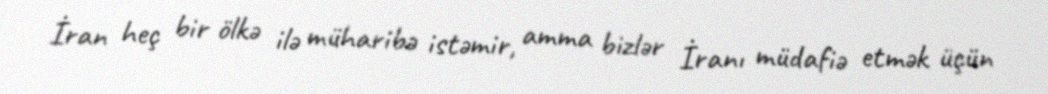
İran heç bir ölkə ilə müharibə istəmir, amma bizlər İranı müdafiə etmək üçün